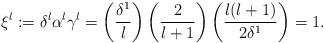
LaTeX: \begin{align*}\xi^l := \delta^l \alpha^l \gamma^l =\left( \frac{\delta^1}{l} \right)\left( \frac{2}{l+1} \right) \left( \frac{l(l+1)}{2 \delta^1} \right) = 1.\end{align*}